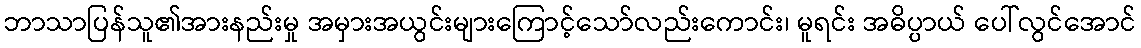
ဘာသာပြန်သူ၏အားနည်းမှု အမှားအယွင်းများကြောင့်သော်လည်းကောင်း၊ မူရင်း အဓိပ္ပာယ် ပေါ်လွင်အောင်